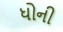
ધોની